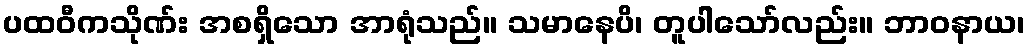
ပထဝီကသိုဏ်း အစရှိသော အာရုံသည်။ သမာနေပိ၊ တူပါသော်လည်း။ ဘာဝနာယ၊